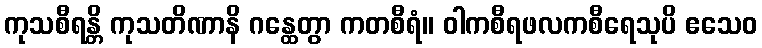
ကုသစီရန္တိ ကုသတိဏာနိ ဂန္ထေတွာ ကတစီရံ။ ဝါကစီရဖလကစီရေသုပိ ဧသေဝ